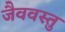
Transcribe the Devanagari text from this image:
जैववस्तु